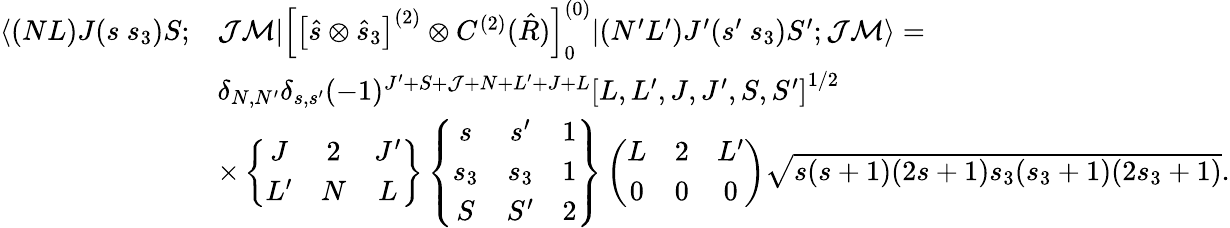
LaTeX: \begin{array}{rl}{\langle(NL)J(s~s_{3})S;}&{\mathcal{J}\mathcal{M}|\left[\left[\hat{s}\otimes\hat{s}_{3}\right]^{(2)}\otimes C^{(2)}(\hat{R})\right]_{0}^{(0)}|(N^{\prime}L^{\prime})J^{\prime}(s^{\prime}~s_{3})S^{\prime};\mathcal{J}\mathcal{M}\rangle=}\\ &{\delta_{N,N^{\prime}}\delta_{s,s^{\prime}}(-1)^{J^{\prime}+S+\mathcal{J}+N+L^{\prime}+J+L}\left[L,L^{\prime},J,J^{\prime},S,S^{\prime}\right]^{1/2}}\\ &{\times\left\{ \begin{array}{ccc}{J}&{2}&{J^{\prime}}\\ {L^{\prime}}&{N}&{L}\end{array}\right\} \left\{ \begin{array}{ccc}{s}&{s^{\prime}}&{1}\\ {s_{3}}&{s_{3}}&{1}\\ {S}&{S^{\prime}}&{2}\end{array}\right\} \left(\begin{array}{ccc}{L}&{2}&{L^{\prime}}\\ {0}&{0}&{0}\end{array}\right)\sqrt{s(s+1)(2s+1)s_{3}(s_{3}+1)(2s_{3}+1)}.}\end{array}